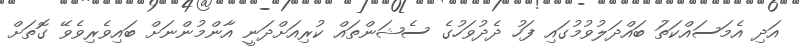
އަދި އެމަސައްކަތަު ބައްދަލުވުމުގައި ފަހު ދެދުވަހުގެ ސެޝަންތައް ކުރިއަށްދަނީ އާންމުންނަށް ބައިވެރިވެވޭ ގޮތަށް